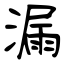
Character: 漏